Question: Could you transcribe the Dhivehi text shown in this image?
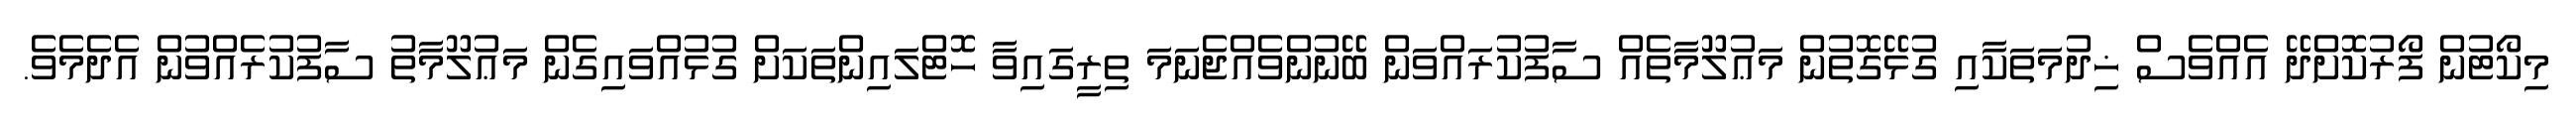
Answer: މިކޯޓުން ފޯރުކޮށްދޭ އެއްވެސް ޚިދުމަތަކާއި ގުޅޭގޮތުން މަޢުލޫމާތެއް ސާފުކުރައްވަން ބޭނުންވެއްޖެނަމަ ތިރީގައިވާ ހޮޓްލައިންތަކަށް ގުޅުއްވައިގެން މަޢުލޫމާތު ސާފުކުރެއްވުން އެދެމެވެ.